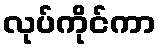
လုပ်ကိုင်ကာ